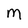
Character: m